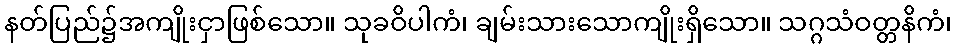
နတ်ပြည်၌အကျိုးငှာဖြစ်သော။ သုခဝိပါကံ၊ ချမ်းသားသောကျိုးရှိသော။ သဂ္ဂသံဝတ္တနိကံ၊